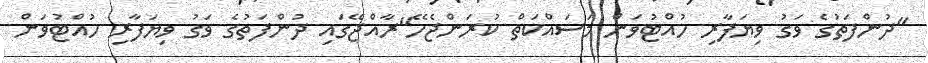
"ދުންފަތުގެ ވަގު ވިޔަފާރި ހުއްޓުވަން މަސައްކަތް ކުރަންޖެހޭ"ރާއްޖޭގައި ދުންފަތުގެ ވަގު ވިޔަފާރި ހުއްޓުވަން